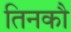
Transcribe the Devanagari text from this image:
तिनकौ